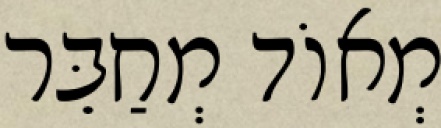
מְאוֹד מְחַבֵּר